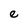
Character: e